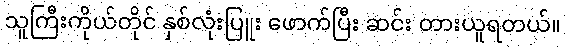
သူကြီးကိုယ်တိုင် နှစ်လုံးပြူး ဖောက်ပြီး ဆင်း တားယူရတယ်။